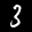
Label: 3